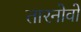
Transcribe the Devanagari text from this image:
तारनोवो